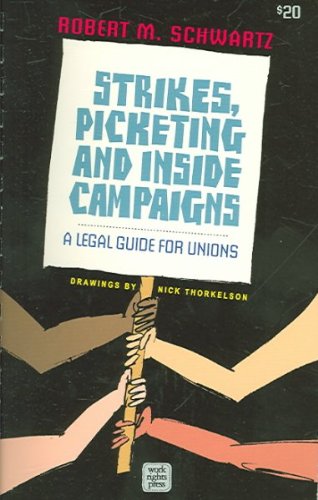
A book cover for Strikes, Picketing and Inside Campaigns: A Legal Guide for Unions; Robert M. Schwartz; Law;